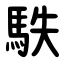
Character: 䭿